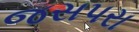
જસપરા